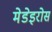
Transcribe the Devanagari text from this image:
मेडेइरोस